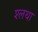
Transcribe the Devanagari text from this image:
श्लथा